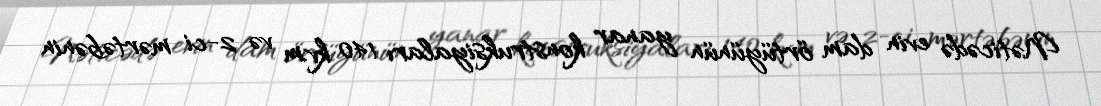
Nəticədə evin dam örtüyünün yanar konstruksiyaları 140 kv.m və 2-ci mərtəbənin